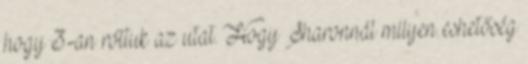
hogy 3-an róttuk az utat. Hogy Sharonnál milyen eshetőség